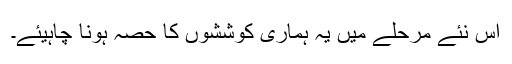
اس نئے مرحلے میں یہ ہماری کوششوں کا حصہ ہونا چاہیئے۔